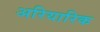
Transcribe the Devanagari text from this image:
अरियारिक